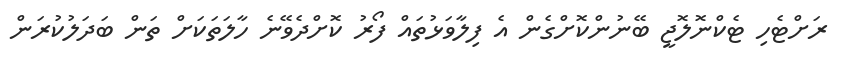
ރަށްޓެހި ޓެކްނޮލޮޖީ ބޭނުންކޮށްގެން އެ ފިލާވަޅުތައް ފޯރު ކޮށްދެވޭނެ ހާލަތަކަށް ތަން ބަދަލުކުރަން